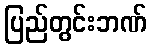
ပြည်တွင်းဘဏ်